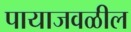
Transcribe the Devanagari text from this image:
पायाजवळील